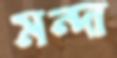
মন্দা